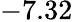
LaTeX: -7.32